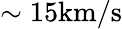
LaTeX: \sim 15\mathrm{km/s}